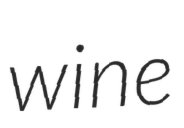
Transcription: wine